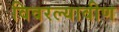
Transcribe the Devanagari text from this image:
विवरल्यावीण